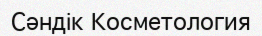
Сәндік Косметология